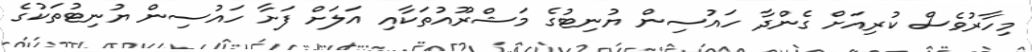
މިހާރުވެސް ކުރިއަށް ގެންދާ ހައުސިން ޔުނިޓުގެ މަޝްރޫއުތަކާއި އަލަށް ފަށާ ހައުސިން ޔުނިޓުތަކުގެ